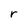
Character: r